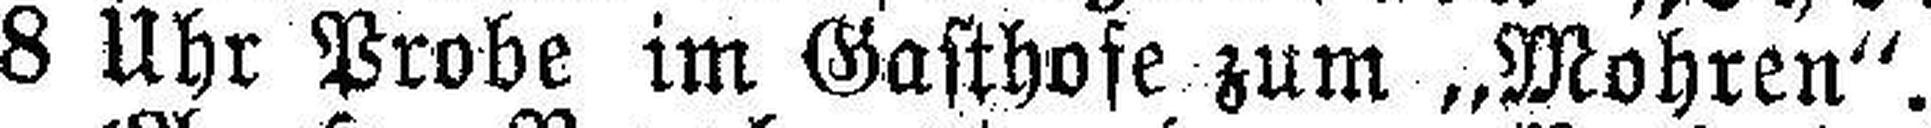
8 Uhr Probe im Gasthofe zum „Mohren“.